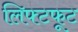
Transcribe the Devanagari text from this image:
लिफ्टफूट